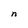
Character: n